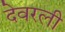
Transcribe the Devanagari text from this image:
देवरली